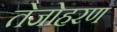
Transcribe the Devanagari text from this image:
तेजोहरण